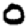
Digit: 0